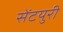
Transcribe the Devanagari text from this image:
सेंटयुरी